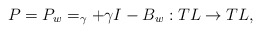
\begin{align*} P=P_w=_\gamma+\gamma I-B_w:TL\rightarrow TL, \end{align*}